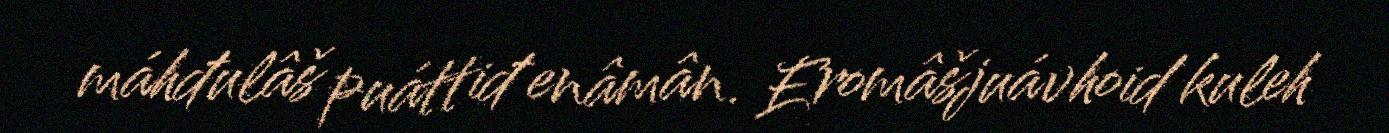
máhđulâš puáttiđ enâmân. Eromâšjuávhoid kuleh